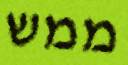
ממש